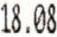
18.08